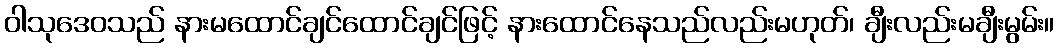
ဝါသုဒေဝသည် နားမထောင်ချင်ထောင်ချင်ဖြင့် နားထောင်နေသည်လည်းမဟုတ်၊ ချီးလည်းမချီးမွမ်း။